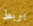
بربط